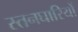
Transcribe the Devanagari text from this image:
स्तनघारियों